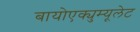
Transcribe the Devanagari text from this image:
बायोएक्युम्यूलेट